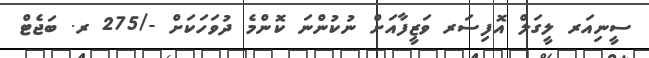
ސީނިއަރ ލީގަލް އޮފިސަރ ވަޒީފާއަށް ނުކުންނަ ކޮންމެ ދުވަހަކަށް -/275 ރ. ބަޖެޓް